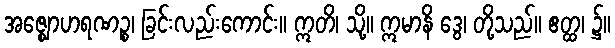
အဇ္ဈောဟရဏဉ္စ၊ ခြင်းလည်းကောင်း။ ဣတိ၊ သို့။ ဣမာနိ ဒွေ၊ တို့သည်။ ဧတ္ထ၊ ၌။